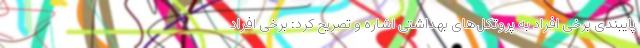
پایبندی برخی افراد به پروتکل‌های بهداشتی اشاره و تصریح کرد: برخی افراد